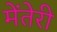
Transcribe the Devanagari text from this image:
मेंतेरी